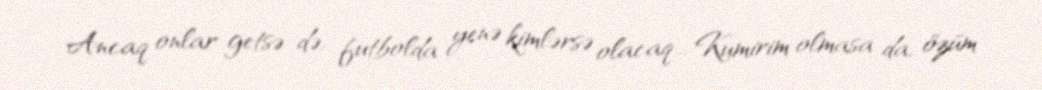
Ancaq onlar getsə də, futbolda yenə kimlərsə olacaq... Kumirim olmasa da, özüm